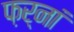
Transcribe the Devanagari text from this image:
फ़र्नां